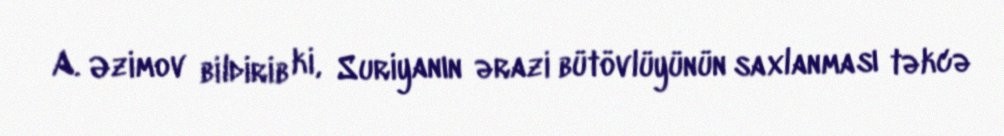
A. Əzimov bildirib ki, Suriyanın ərazi bütövlüyünün saxlanması təkcə